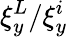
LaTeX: \xi_{y}^{L}/\xi_{y}^{i}